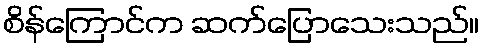
စိန်ကြောင်က ဆက်ပြောသေးသည်။